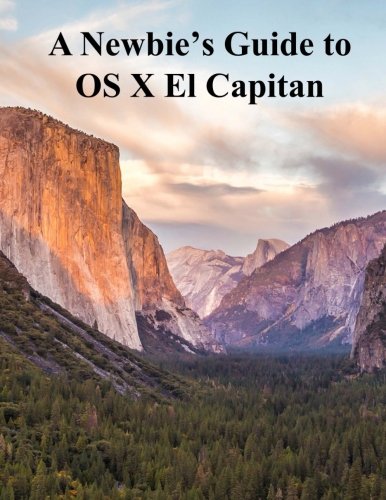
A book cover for A Newbies Guide to OS X El Capitan: Switching Seamlessly from Windows to Mac; Minute Help Guides; Computers & Technology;